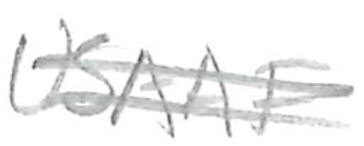
Text: USAAF
Cross-out: double-line
Writing tool: pencil